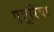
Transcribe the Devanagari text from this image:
एत्रूरिया